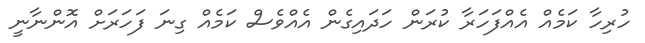
ހުރިހާ ކަމެއް އެއްފަހަރާ ކުރަން ހަދައިގެން އެއްވެސް ކަމެއް ގިނަ ފަހަރަށް އޮންނާނީ